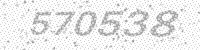
Solution: 570538